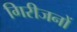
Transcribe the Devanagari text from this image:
गिरीजनों